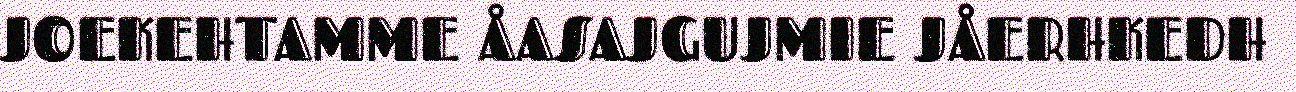
JOEKEHTAMME ÅASAJGUJMIE JÅERHKEDH